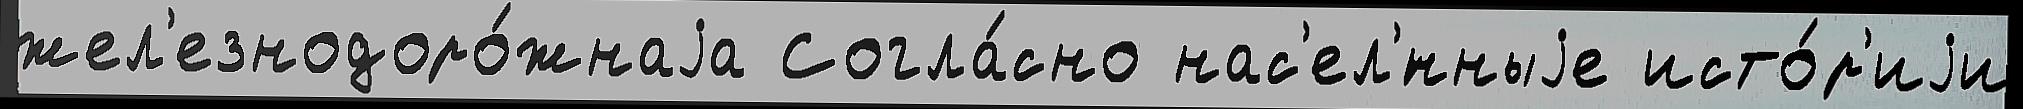
жел'езнодоро́жнаjа Согла́сно нас'ел'́нныjе исто́р'иjи